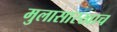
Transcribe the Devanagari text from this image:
मुलासारखाच